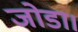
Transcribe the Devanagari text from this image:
जोडा।